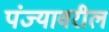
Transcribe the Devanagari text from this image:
पंज्यावरील